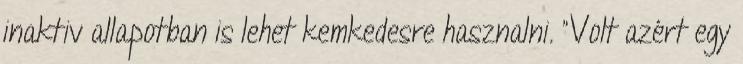
inaktiv allapotban is lehet kemkedesre hasznalni. “Volt azért egy